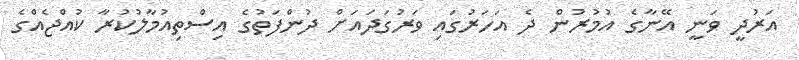
އަރުދީ ވަނީ އޭނާގެ އުމުރުން ދެ އަހަރުގައި ވަރުގަދައަށް ދުންފަތުގެ އިސްތިއުމާލުކުރާ ކުއްޖެއްގެ